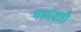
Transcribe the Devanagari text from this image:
मध्यवाही